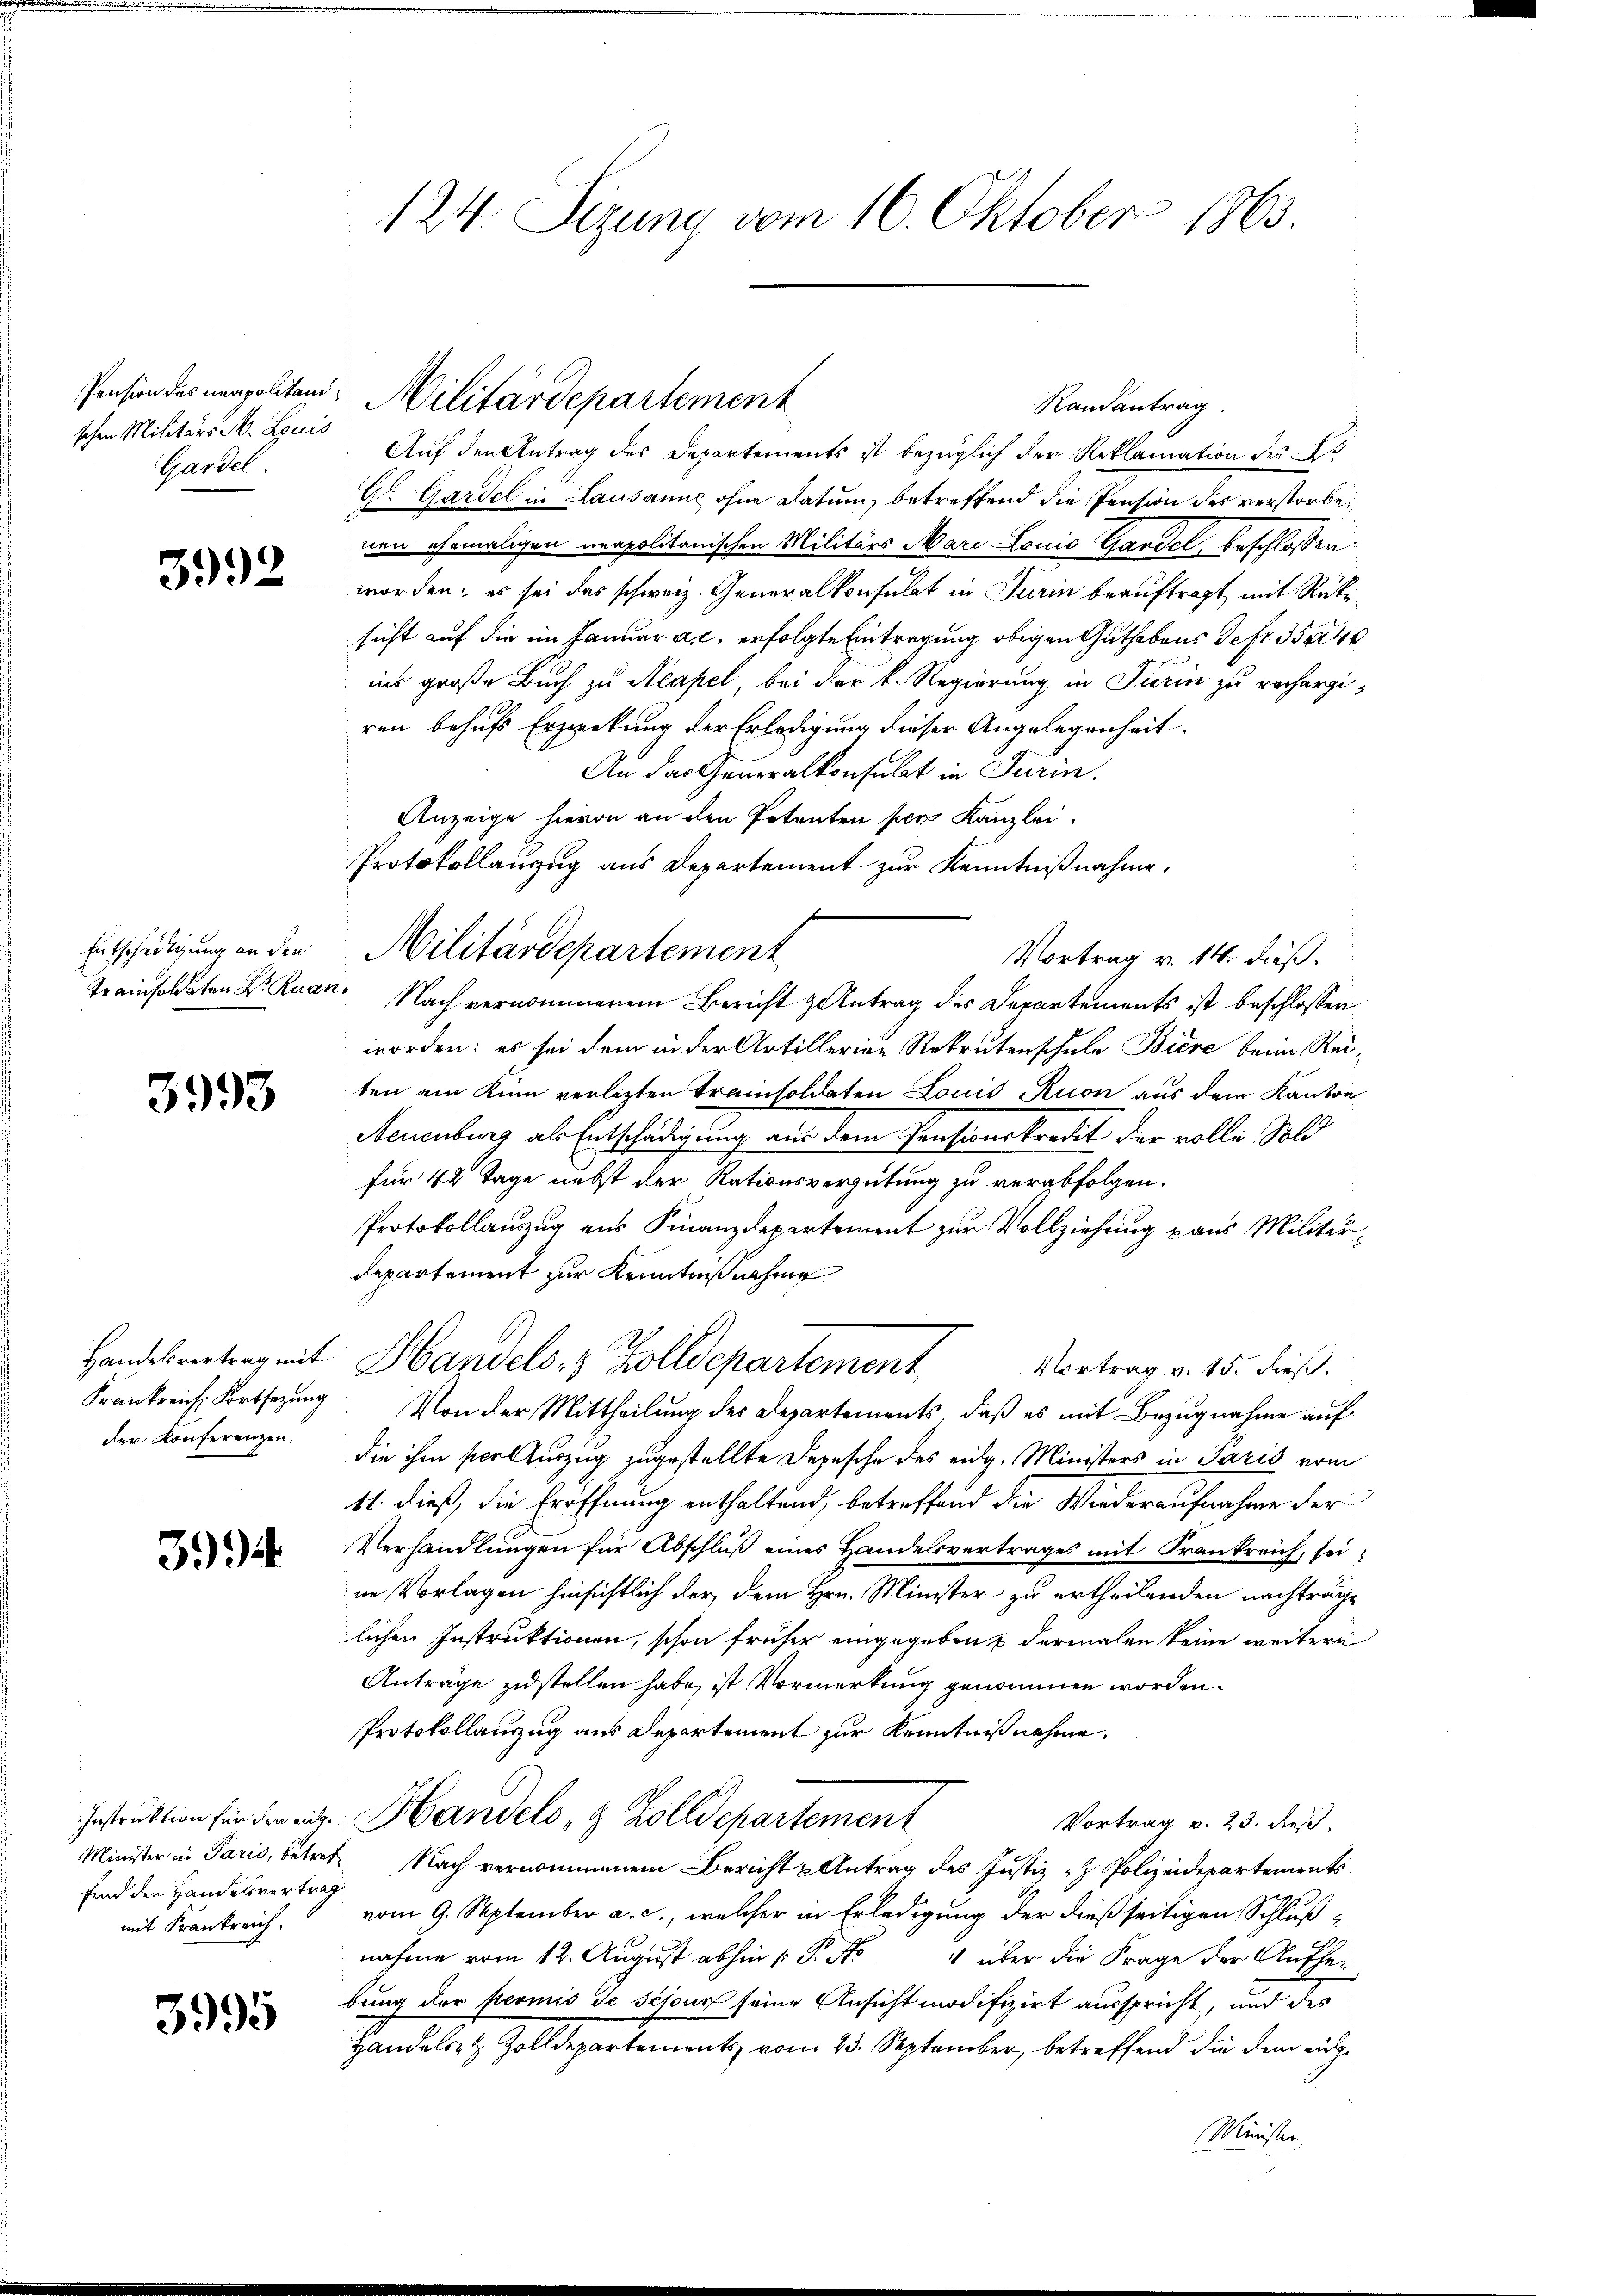
schen Militärs M. Louis
Gardel.

3992

Entschädigung an den
Trainsoldaten K. Ruan¬

3993

Handelsvertrag mit
Frankreiche Fortsetzung
der Konferenzen.

3994

fend den Handelsvertrag.
mit Frankreich.

3995

124. Sizung vom 16. Oktober 1863.

Auf den Antrag des Departements ist bezüglich der Reklamation des B
Gr. Gardel in Lausanne ohne Datum, betreffend die Pension des verstorbenen ehemaligen verpolitanischen Militärs Mari Louis Gandel, beschlossen:
worden; es sei das schweiz. Generalkonsulat in Turin beauftragt, mit Rücke
sicht auf die im Januar a. c. erfolgte Eintragung obigen Guthabens Defr. 354
ins große Buch zu Neapel, bei der k. Regierung in Turin zu rechargiren behufs Erzierkung der Erledigung dieser Angelegenheit.
An das Generalkonsulat in Turin.
Anzeige hievon an den Petenten per Kanzlei.
Protokollauszug aus Departement zur Kenntnißnahme.
Vortrag v. 14. dieß.
Nach vernommenem Bericht antrag des Departements ist beschlossen
worden: es sei dem in der Artillerien Rekrutenschule Biere beim Rei-
ten am Kinn verletzten Trainsoldaten Louis Ruon aus dem Kanton
Neuenburg als Entschädigung aus dem Pensionskredit der volle Sold
für 42 Tage nebst der Rationsvergütung zu verabfolgen.
Protokollauszug aus Finanzdepartement zur Vollziehung aus Militärdepartement zur Kenntniß nahme
Handels- & Zolldepartement
Vortrag v. 15. dieß,
Von der Mittheilung des Departements, daß es mit Bezugnahme auf
die ihm scolauszug zugestellte Depesche des eidg. Ministers in Paris vom
11. dieß, die Eröffnung enthaltend, betreffend die Wiederaufnahme der
Verhandlungen für Abschluß eines Handelsvertrages mit Frankreich, seine Vorlagen hinsichtlich der dem Hrn. Minister zu ertheilenden nachträge
lichen Instruktionen, schon früher eingegeben & dermalen keine weitere
Antrage zustellen habe, ist Vormerkung genommen worden.
Protokollauszug aus Departement zur Kenntnißnahme.
Instruktion für den cit. Handels, & Zolldepartement
Vortrag v. 23. dieß.
Minister in Paris, betref Nach vernommenem Bericht u Antrag des Justiz- & Polizeidepartements
vom 9. September a. c., welcher in Erledigung der dießseitigen Schlußnahme vom 12. August abhin 1. P. No 4 über die Frage der Aufher-
bung der Hermis de séjour seine Ansicht modifizirt ausspricht, und des
Handeli, Zolldepartement vom 15. September, betreffend die dem aut
Minister

Pension des neapolitar-Militärdepartement

Militärdepartement

Randantrag.